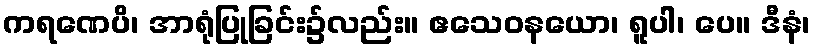
ကရဏေပိ၊ အာရုံပြုခြင်း၌လည်း။ ဧသေဝနယော၊ ရူပါ၊ ပေ။ ဒီနံ၊